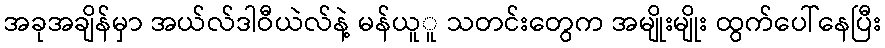
အခုအချိန်မှာ အယ်လ်ဒါဝီယဲလ်နဲ့ မန်ယူူ သတင်းတွေက အမျိုးမျိုး ထွက်ပေါ်နေပြီး